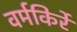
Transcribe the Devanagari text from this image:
वर्मकिर्रे